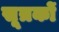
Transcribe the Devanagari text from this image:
सूत्रकों